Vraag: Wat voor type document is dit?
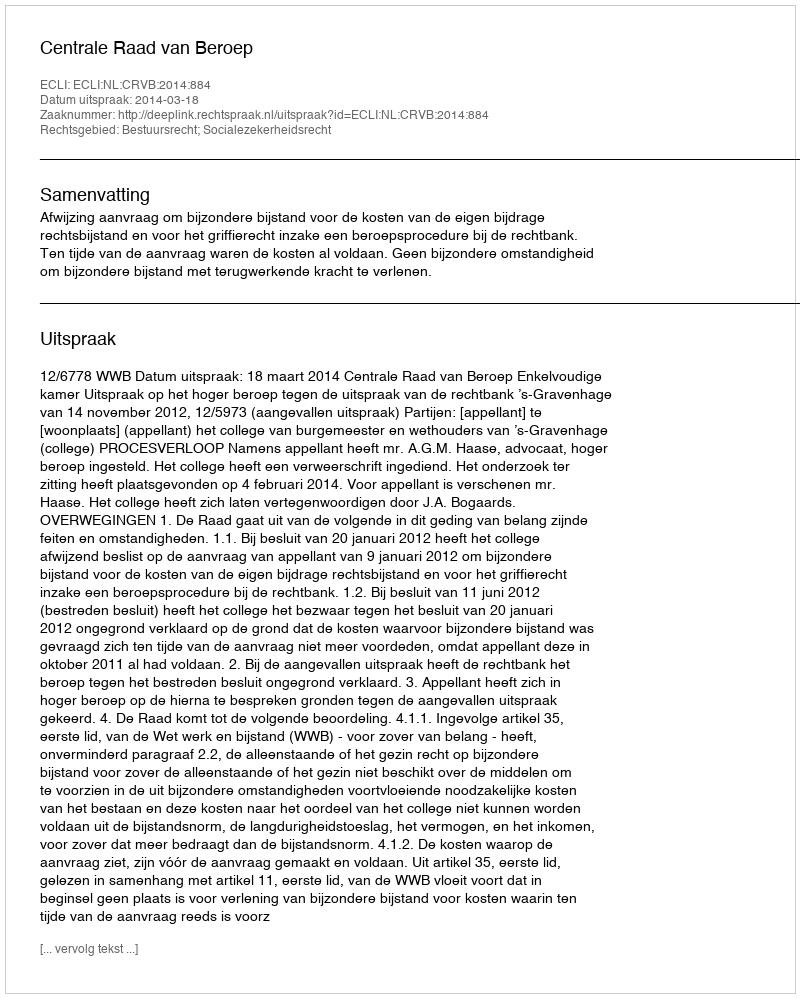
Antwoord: Uitspraak